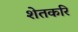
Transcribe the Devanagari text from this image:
शेतकरि